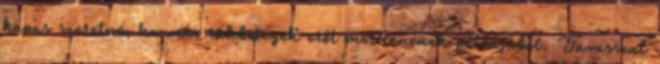
kapus szeretné, ha más rákbetegek erőt merítenének példájából. Tavasszal